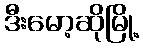
ဒီးမော့ဆိုမြို့